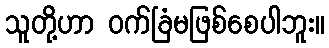
သူတို့ဟာ ဝက်ခြံမဖြစ်စေပါဘူး။